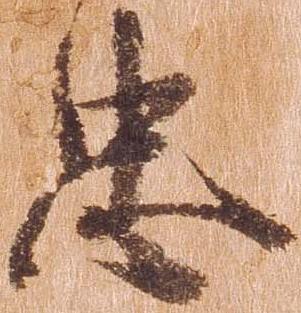
忠